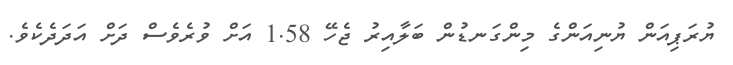
ޔުރަޕިއަން ޔުނިއަންގެ މިންގަނޑުން ބަލާއިރު ޖެހޭ 1.58 އަށް ވުރެވެސް ދަށް އަދަދެކެވެ.